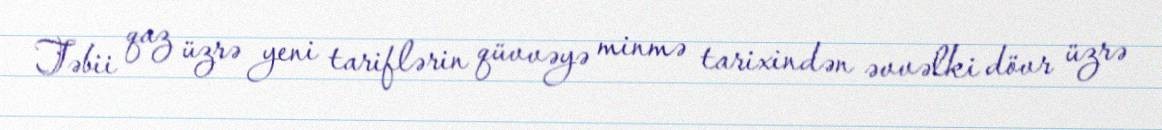
Təbii qaz üzrə yeni tariflərin qüvvəyə minmə tarixindən əvvəlki dövr üzrə